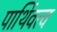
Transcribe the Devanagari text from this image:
पार्थिवत्व